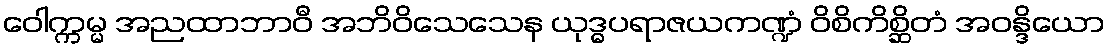
ဝေါက္ကမ္မ အညထာဘာဝီ အဘိဝိသေသေန ယုဒ္ဓပရာဇယကဏ္ဍံ ဝိစိကိစ္ဆိတံ အဝန္ဒိယော